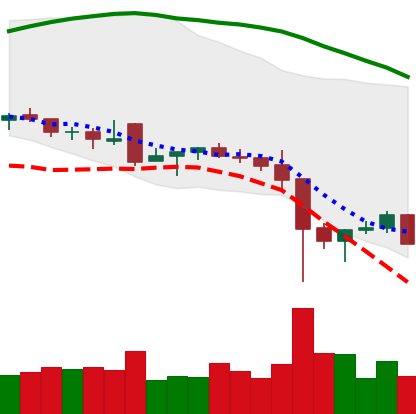
Ticker: NEO-USD
Chart end date: 2021-12-09
Forward return: -8.485%
Label: down_7plus